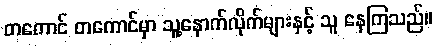
တကောင် တကောင်မှာ သူ့နောက်လိုက်များနှင့် သူ နေကြသည်။